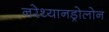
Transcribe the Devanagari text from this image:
नरेथ्यानड्रोलोन